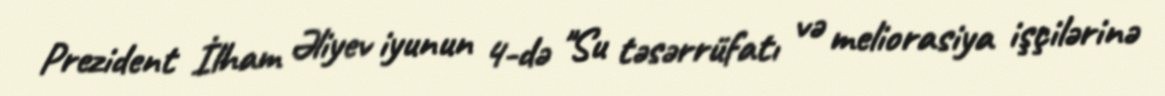
Prezident İlham Əliyev iyunun 4-də "Su təsərrüfatı və meliorasiya işçilərinə